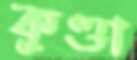
কুণ্ডা